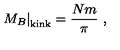
\left. M _ { B } \right| _ { \mathrm { k i n k } } = \frac { N m } { \pi } \ ,